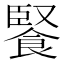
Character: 𩜬